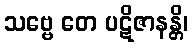
သဗ္ဗေ တေ ပဋိဇာနန္တိ၊